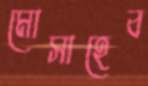
মোসাহেব